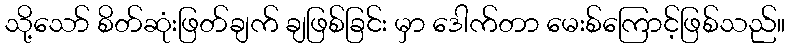
သို့သော် စိတ်ဆုံးဖြတ်ချက် ချဖြစ်ခြင်း မှာ ဒေါက်တာ မေးစ်ကြောင့်ဖြစ်သည်။